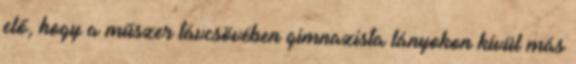
elő, hogy a műszer távcsövében gimnazista lányokon kívül más